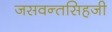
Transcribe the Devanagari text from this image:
जसवन्तसिहजी